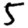
Digit: 5